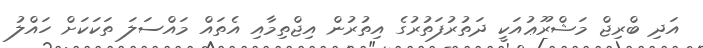
އަދި ބްރިޖް މަޝްރޫޢުއަކީ ދަތުރުފަތުރުގެ އިތުރުން އިޖްތިމާއި އެތައް މައްސަލަ ތަކަކަށް ހައްލު